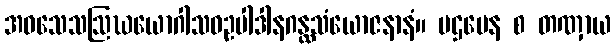
အဝသေသဩဃယောဂါသဝဥပါဒါနဂန္ထသံယောဇနာနံ။ ပဌမေန စ တဏှာယ